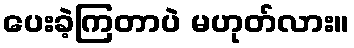
ပေးခဲ့ကြတာပဲ မဟုတ်လား။